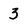
Character: 3